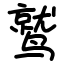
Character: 鹫